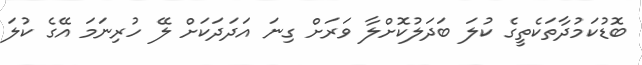
ބޮޑުކަމުދާތަކެތީގެ ކުލަ ބަދަލުކޮށްލާ ވަރަށް ގިނަ އަދަދަކަށް ލޭ ހުރިނަމަ އޭގެ ކުލަ